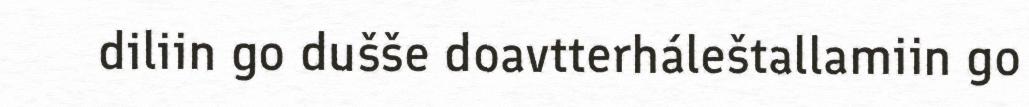
diliin go dušše doavtterháleštallamiin go